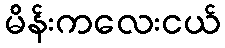
မိန်းကလေးငယ်